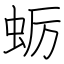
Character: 蛎